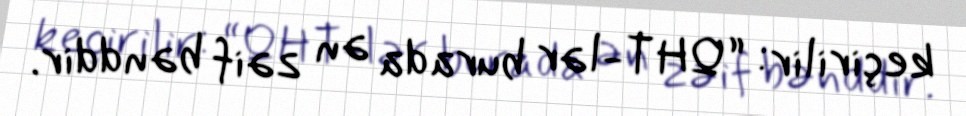
keçirilir: “QHT-lər burada ən zəif bənddir.